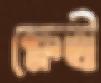
ক্ষেত্রী